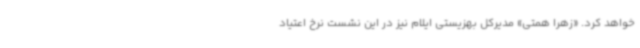
خواهد کرد. «زهرا همتی» مدیرکل بهزیستی ایلام نیز در این نشست نرخ اعتیاد